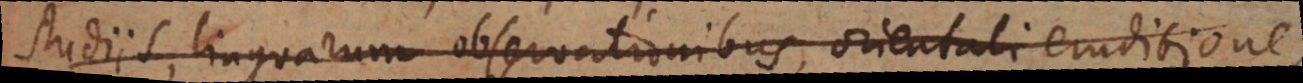
studiis, linguarum observationibus, orientali eruditione,